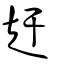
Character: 赶